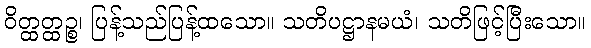
ဝိတ္ထတ္ထဉ္စ၊ ပြန့်သည်ပြန့်ထသော။ သတိပဋ္ဌာနမယံ၊ သတိဖြင့်ပြီးသော။